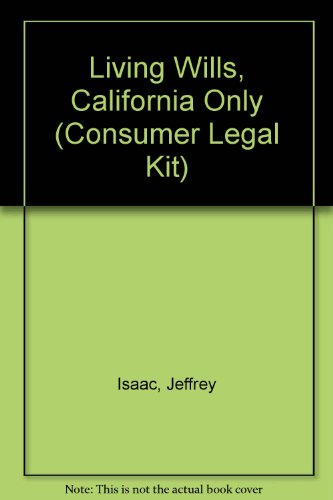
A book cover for Living Wills, California Only (Consumer Legal Kit); Jeffrey Isaac; Law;